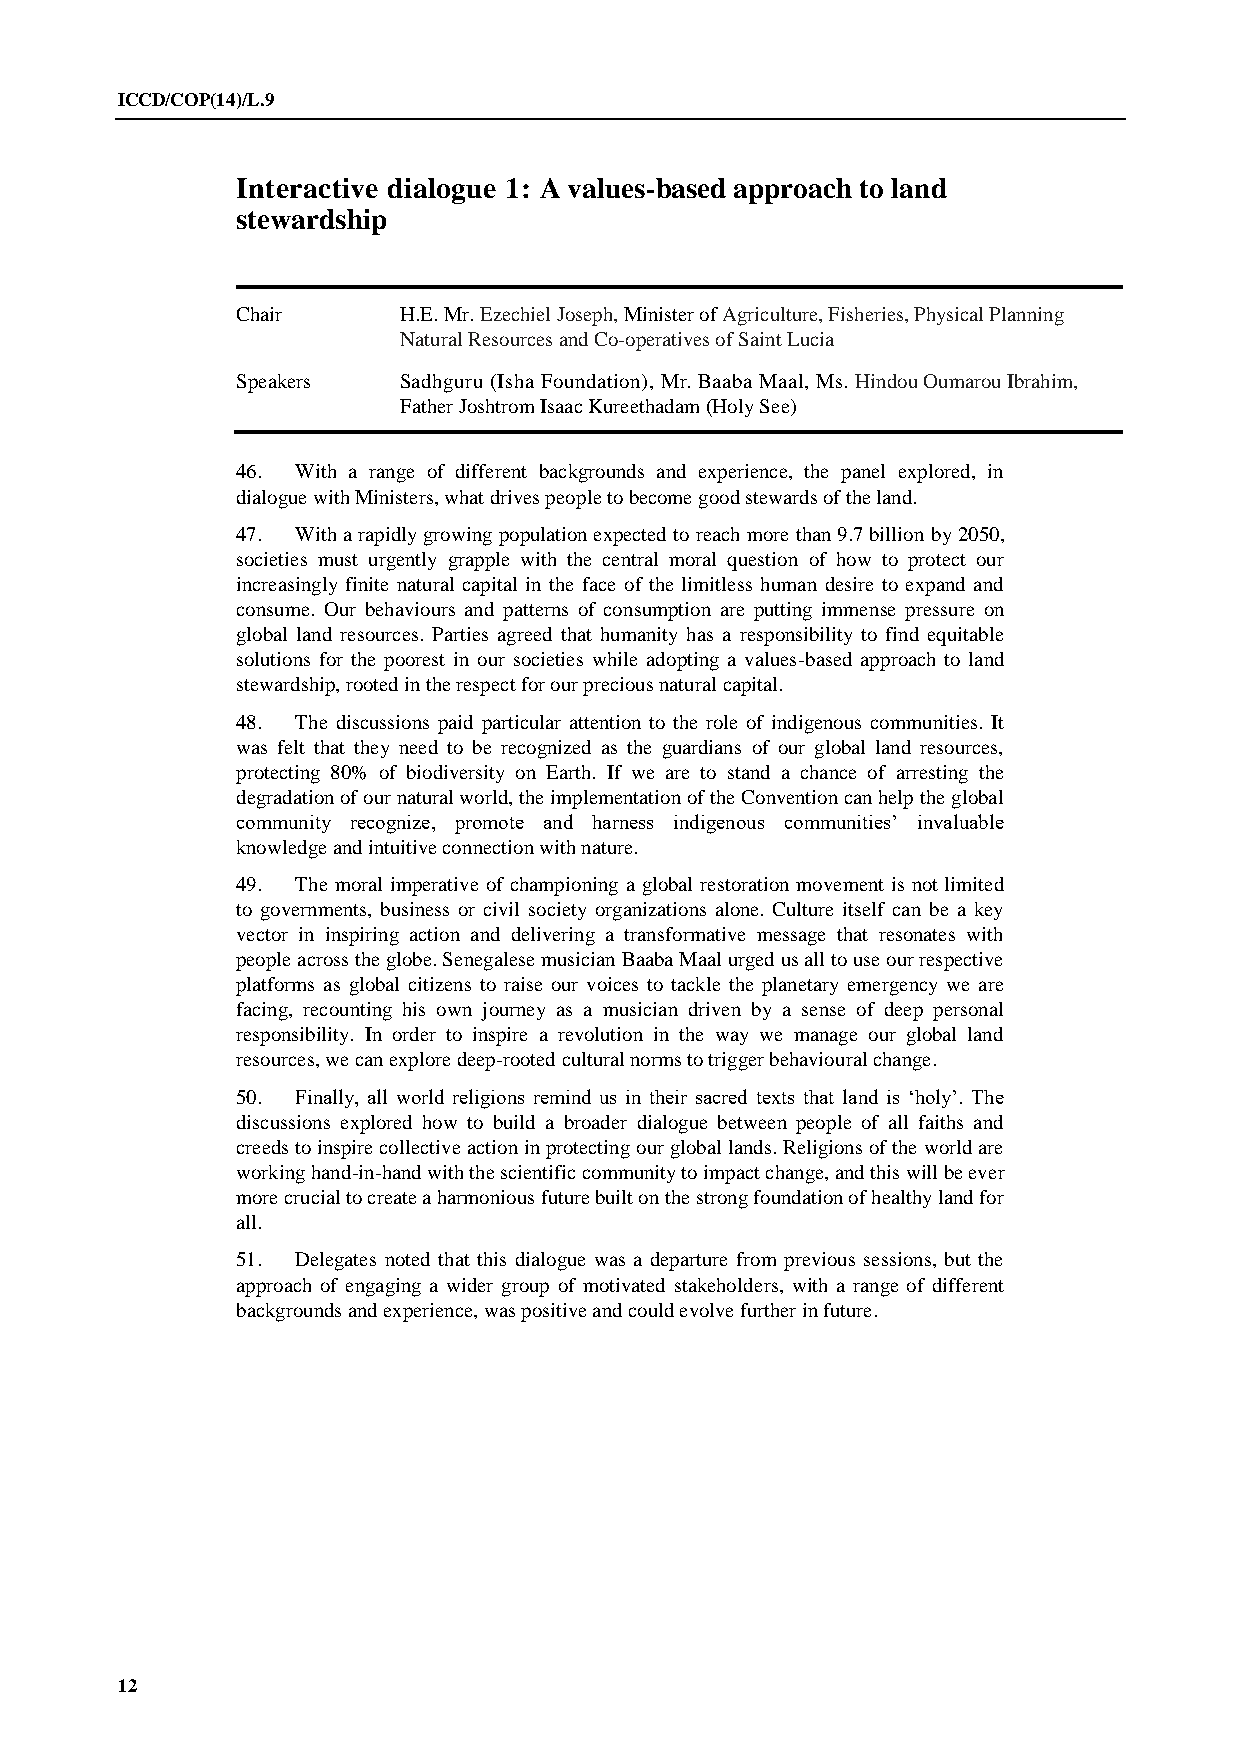
ICCD/COP(14)/L.9
 Interactive dialogue 1: A values-based approach to land
 stewardship
 Chair     H.E. Mr. Ezechiel Joseph, Minister of Agriculture, Fisheries, Physical Planning
 Natural Resources and Co-operatives of Saint Lucia
 Speakers  Sadhguru (Isha Foundation), Mr. Baaba Maal, Ms. Hindou Oumarou Ibrahim,
 Father Joshtrom Isaac Kureethadam (Holy See)
 46. With a range of different backgrounds and experience, the panel explored, in
 dialogue with Ministers, what drives people to become good stewards of the land.
 47. With a rapidly growing population expected to reach more than 9.7 billion by 2050,
 societies must urgently grapple with the central moral question of how to protect our
 increasingly finite natural capital in the face of the limitless human desire to expand and
 consume. Our behaviours and patterns of consumption are putting immense pressure on
 global land resources. Parties agreed that humanity has a responsibility to find equitable
 solutions for the poorest in our societies while adopting a values-based approach to land
 stewardship, rooted in the respect for our precious natural capital.
 48. The discussions paid particular attention to the role of indigenous communities. It
 was felt that they need to be recognized as the guardians of our global land resources,
 protecting 80% of biodiversity on Earth. If we are to stand a chance of arresting the
 degradation of our natural world, the implementation of the Convention can help the global
 community recognize, promote and harness indigenous communities’ invaluable
 knowledge and intuitive connection with nature.
 49. The moral imperative of championing a global restoration movement is not limited
 to governments, business or civil society organizations alone. Culture itself can be a key
 vector in inspiring action and delivering a transformative message that resonates with
 people across the globe. Senegalese musician Baaba Maal urged us all to use our respective
 platforms as global citizens to raise our voices to tackle the planetary emergency we are
 facing, recounting his own journey as a musician driven by a sense of deep personal
 responsibility. In order to inspire a revolution in the way we manage our global land
 resources, we can explore deep-rooted cultural norms to trigger behavioural change.
 50. Finally, all world religions remind us in their sacred texts that land is ‘holy’. The
 discussions explored how to build a broader dialogue between people of all faiths and
 creeds to inspire collective action in protecting our global lands. Religions of the world are
 working hand-in-hand with the scientific community to impact change, and this will be ever
 more crucial to create a harmonious future built on the strong foundation of healthy land for
 all.
 51. Delegates noted that this dialogue was a departure from previous sessions, but the
 approach of engaging a wider group of motivated stakeholders, with a range of different
 backgrounds and experience, was positive and could evolve further in future.
 12